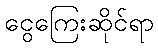
ငွေကြေးဆိုင်ရာ